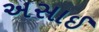
અસાઈ